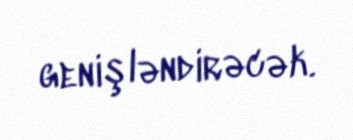
genişləndirəcək.